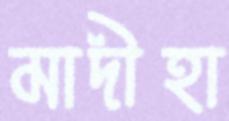
মাদীহা